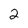
Character: 2